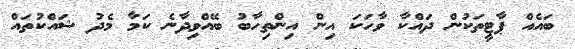
ބައެއް ޕާޓީތަކުން ދައްކާ ވާހަކަ އިން އިންތިހާބު ބޭއްވިދާނެ ކަމާ މެދު ޝައްކުތައް